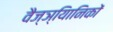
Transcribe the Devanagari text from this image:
वैज्ञ्यिानिकों